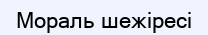
Мораль шежіресі